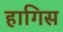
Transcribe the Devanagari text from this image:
हागिस